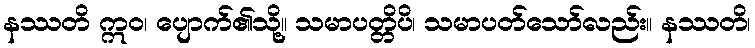
နဿတိ ဣဝ၊ ပျောက်၏သို့။ သမာပတ္တိပိ၊ သမာပတ်သော်လည်း။ နဿတိ၊